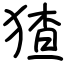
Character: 猹